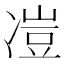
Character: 凒